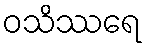
ဝသိဿရေ